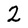
Character: 2